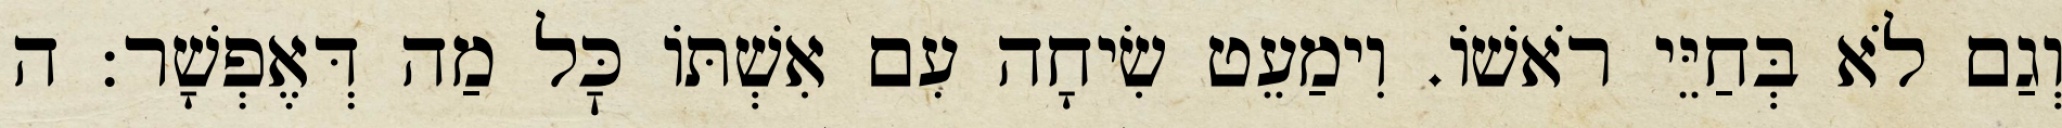
וְגַם לֹא בְּחַיֵּי רֹאשׁוֹ. וִימַעֵט שִׂיחָה עִם אִשְׁתּוֹ כׇּל מַה דְּאֶפְשָׁר: ה